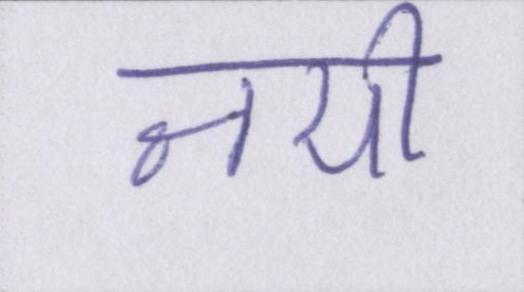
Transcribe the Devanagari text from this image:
नयी